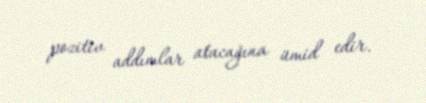
pozitiv addımlar atacağına ümid edir.